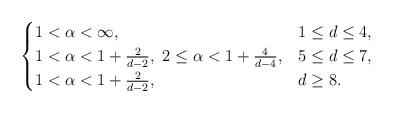
LaTeX: \begin{align*}\begin{cases}1<\alpha<\infty, & 1\le d\le 4, \\1<\alpha<1+\frac{2}{d-2}, \ 2\le \alpha<1+\frac{4}{d-4}, & 5\le d\le 7, \\1<\alpha<1+\frac{2}{d-2}, & d\ge 8.\end{cases}\end{align*}